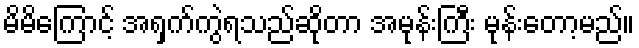
မိမိကြောင့် အရှက်ကွဲရသည်ဆိုတာ အမုန်းကြီး မုန်းတော့မည်။